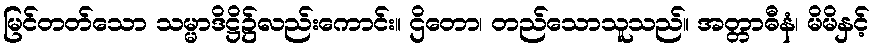
မြင်တတ်သော သမ္မာဒိဋ္ဌိ၌လည်းကောင်း။ ဌိတော၊ တည်သောသူသည်။ အတ္တာဓီနံ၊ မိမိနှင့်